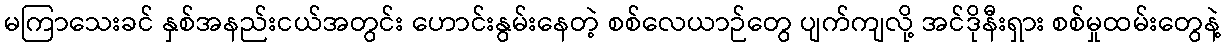
မကြာသေးခင် နှစ်အနည်းငယ်အတွင်း ဟောင်းနွမ်းနေတဲ့ စစ်လေယာဉ်တွေ ပျက်ကျလို့ အင်ဒိုနီးရှား စစ်မှုထမ်းတွေနဲ့